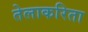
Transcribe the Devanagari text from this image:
तेलाकरिता